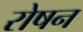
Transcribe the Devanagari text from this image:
रोषन